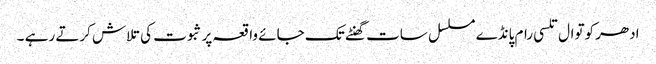
ادھر کوتوال تلسی رام پانڈے مسلسل سات گھنٹے تک جائے واقعہ پر ثبوت کی تلاش کرتے رہے ۔